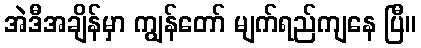
အဲဒီအချိန်မှာ ကျွန်တော် မျက်ရည်ကျနေ ပြီ။